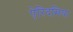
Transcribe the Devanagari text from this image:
ऐरिदमिया